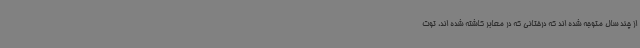
از چند سال متوجه شده اند که درختانی که در معابر کاشته شده اند، توت